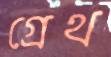
গ্রেথ